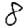
Digit: 8